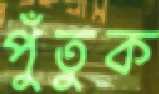
পুঁতুক